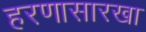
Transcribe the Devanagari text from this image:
हरणासारखा